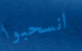
انسحبوا